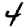
Digit: 4